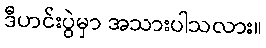
ဒီဟင်းပွဲမှာ အသားပါသလား။